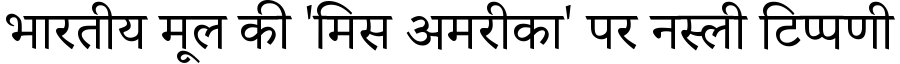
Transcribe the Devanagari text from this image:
भारतीय मूल की 'मिस अमरीका' पर नस्ली टिप्पणी